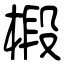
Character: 椴